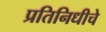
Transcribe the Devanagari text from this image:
प्रतिनिधीचे